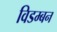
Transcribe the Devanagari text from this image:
विडम्बन